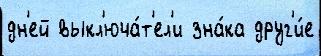
дн'ей выкл'юча́т'ел'и зна́ка друг'и́е